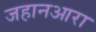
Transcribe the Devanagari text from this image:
जहानआरा